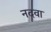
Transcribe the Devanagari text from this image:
नदवा